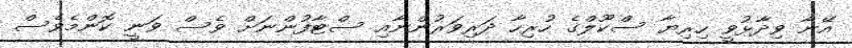
އޭނާ ވިދާޅުވީ ހިރިޔާ ސްކޫލްގެ ހުރިހާ ދަރިވަރުންނާއި ސްޓާފުންނަށް ވެސް ވަނީ ކޮންމެވެސް